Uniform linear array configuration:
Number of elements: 24
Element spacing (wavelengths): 0.75
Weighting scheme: cosine
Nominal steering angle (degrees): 45
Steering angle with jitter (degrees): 45.432
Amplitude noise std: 0.05
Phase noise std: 0.05

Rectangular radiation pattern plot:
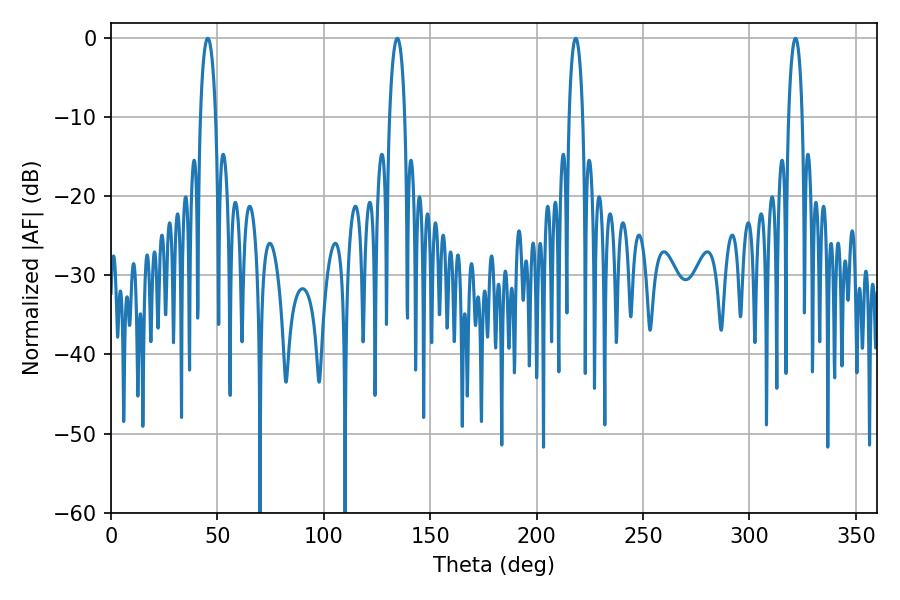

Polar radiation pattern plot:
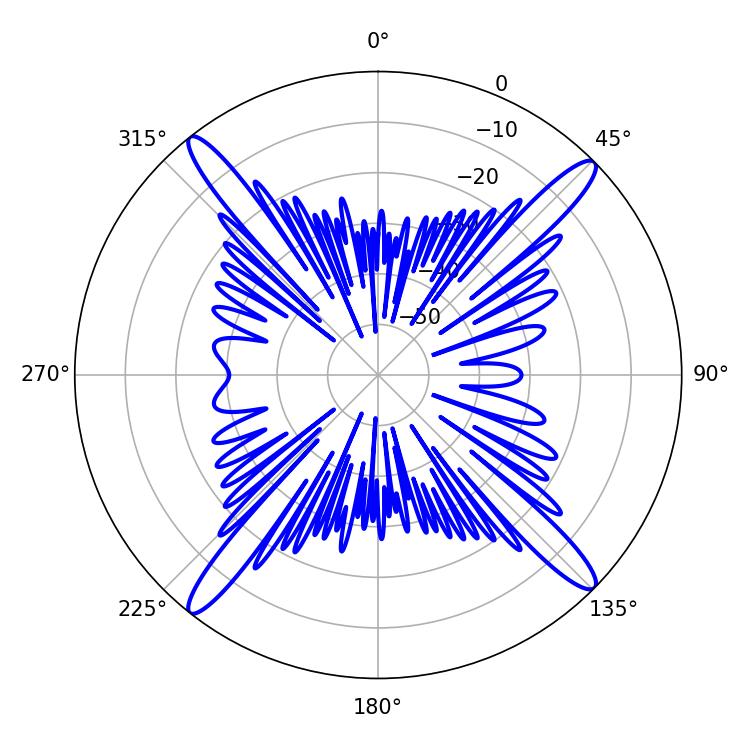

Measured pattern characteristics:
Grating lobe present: TRUE
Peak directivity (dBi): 19.093
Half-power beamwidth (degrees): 3.6
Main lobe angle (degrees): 218.34